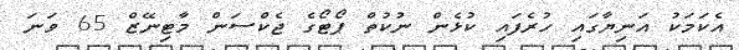
އެކަމަކު އަނިޔާގައި ހުރެފައި ކުޅެން ނުކުތް ޕޯޓޯގެ ޖެކްސަން މާޓިނޭޒް 65 ވަނަ